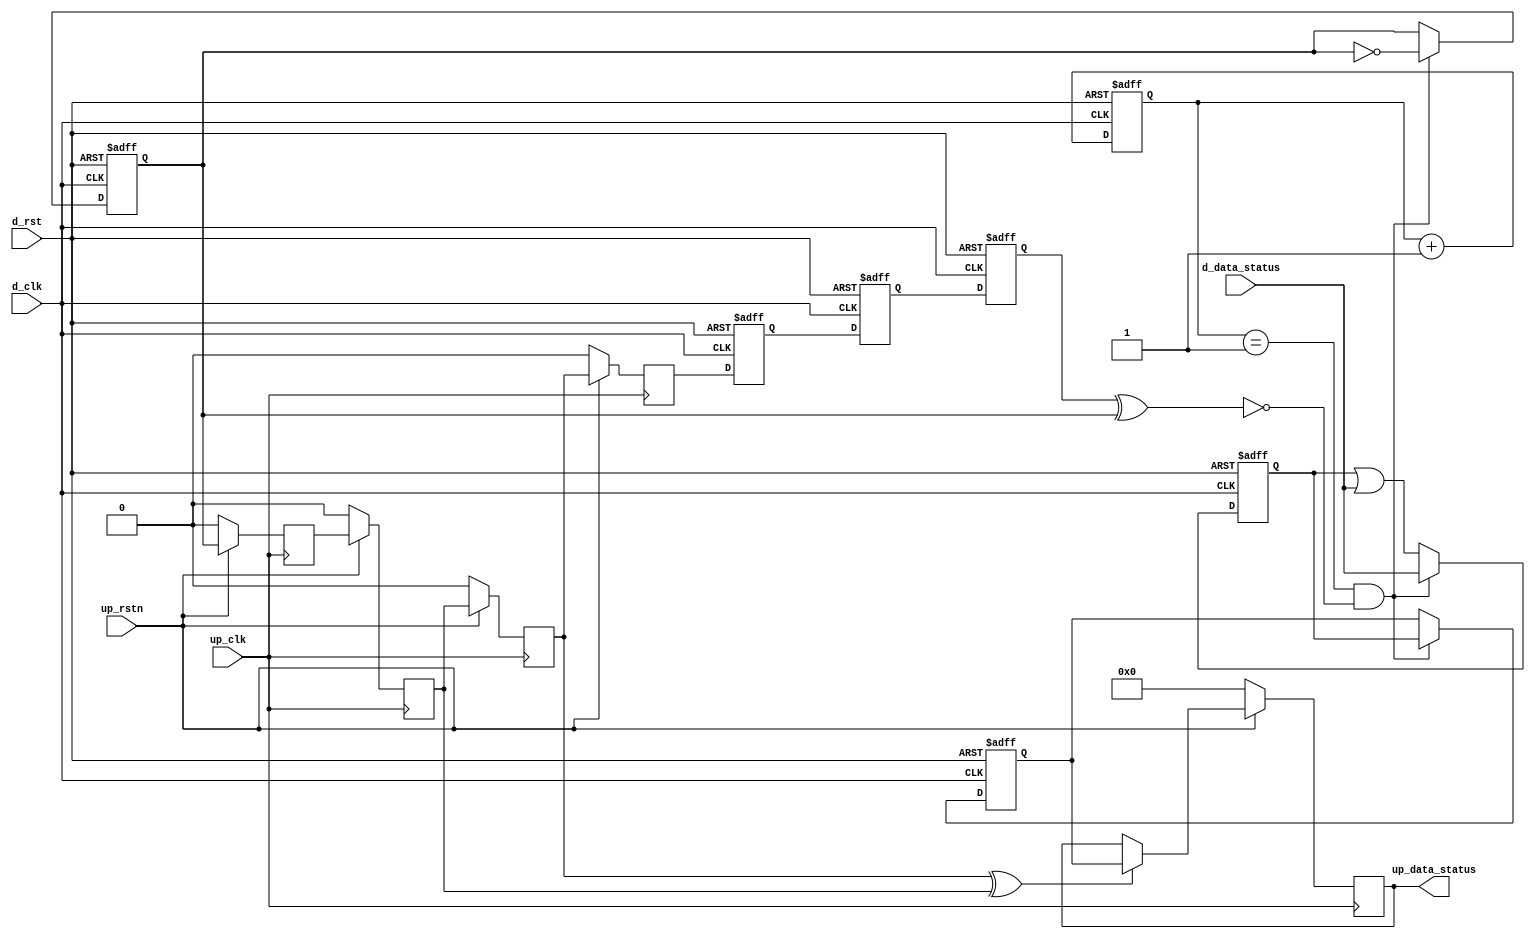
// ***************************************************************************
// ***************************************************************************
// Copyright 2014 - 2017 (c) Analog Devices, Inc. All rights reserved.
//
// In this HDL repository, there are many different and unique modules, consisting
// of various HDL (Verilog or VHDL) components. The individual modules are
// developed independently, and may be accompanied by separate and unique license
// terms.
//
// The user should read each of these license terms, and understand the
// freedoms and responsibilities that he or she has by using this source/core.
//
// This core is distributed in the hope that it will be useful, but WITHOUT ANY
// WARRANTY; without even the implied warranty of MERCHANTABILITY or FITNESS FOR
// A PARTICULAR PURPOSE.
//
// Redistribution and use of source or resulting binaries, with or without modification
// of this file, are permitted under one of the following two license terms:
//
//   1. The GNU General Public License version 2 as published by the
//      Free Software Foundation, which can be found in the top level directory
//      of this repository (LICENSE_GPL2), and also online at:
//      <https://www.gnu.org/licenses/old-licenses/gpl-2.0.html>
//
// OR
//
//   2. An ADI specific BSD license, which can be found in the top level directory
//      of this repository (LICENSE_ADIBSD), and also on-line at:
//      https://github.com/analogdevicesinc/hdl/blob/master/LICENSE_ADIBSD
//      This will allow to generate bit files and not release the source code,
//      as long as it attaches to an ADI device.
//
// ***************************************************************************
// ***************************************************************************

`timescale 1ns/100ps

module up_xfer_status #(

  parameter     DATA_WIDTH = 8) (

  // up interface

  input                       up_rstn,
  input                       up_clk,
  output  [(DATA_WIDTH-1):0]  up_data_status,

  // device interface

  input                       d_rst,
  input                       d_clk,
  input   [(DATA_WIDTH-1):0]  d_data_status);

  // internal registers

  reg                         d_xfer_state_m1 = 'd0;
  reg                         d_xfer_state_m2 = 'd0;
  reg                         d_xfer_state = 'd0;
  reg     [ 5:0]              d_xfer_count = 'd0;
  reg                         d_xfer_toggle = 'd0;
  reg     [(DATA_WIDTH-1):0]  d_xfer_data = 'd0;
  reg     [(DATA_WIDTH-1):0]  d_acc_data = 'd0;
  reg                         up_xfer_toggle_m1 = 'd0;
  reg                         up_xfer_toggle_m2 = 'd0;
  reg                         up_xfer_toggle_m3 = 'd0;
  reg                         up_xfer_toggle = 'd0;
  reg     [(DATA_WIDTH-1):0]  up_data_status_int = 'd0;

  // internal signals

  wire                        d_xfer_enable_s;
  wire                        up_xfer_toggle_s;

  // device status transfer

  assign d_xfer_enable_s = d_xfer_state ^ d_xfer_toggle;

  always @(posedge d_clk or posedge d_rst) begin
    if (d_rst == 1'b1) begin
      d_xfer_state_m1 <= 'd0;
      d_xfer_state_m2 <= 'd0;
      d_xfer_state <= 'd0;
      d_xfer_count <= 'd0;
      d_xfer_toggle <= 'd0;
      d_xfer_data <= 'd0;
      d_acc_data <= 'd0;
    end else begin
      d_xfer_state_m1 <= up_xfer_toggle;
      d_xfer_state_m2 <= d_xfer_state_m1;
      d_xfer_state <= d_xfer_state_m2;
      d_xfer_count <= d_xfer_count + 1'd1;
      if ((d_xfer_count == 6'd1) && (d_xfer_enable_s == 1'b0)) begin
        d_xfer_toggle <= ~d_xfer_toggle;
        d_xfer_data <= d_acc_data;
      end
      if ((d_xfer_count == 6'd1) && (d_xfer_enable_s == 1'b0)) begin
        d_acc_data <= d_data_status;
      end else begin
        d_acc_data <= d_acc_data | d_data_status;
      end
    end
  end

  assign up_data_status = up_data_status_int;
  assign up_xfer_toggle_s = up_xfer_toggle_m3 ^ up_xfer_toggle_m2;

  always @(posedge up_clk) begin
    if (up_rstn == 1'b0) begin
      up_xfer_toggle_m1 <= 'd0;
      up_xfer_toggle_m2 <= 'd0;
      up_xfer_toggle_m3 <= 'd0;
      up_xfer_toggle <= 'd0;
      up_data_status_int <= 'd0;
    end else begin
      up_xfer_toggle_m1 <= d_xfer_toggle;
      up_xfer_toggle_m2 <= up_xfer_toggle_m1;
      up_xfer_toggle_m3 <= up_xfer_toggle_m2;
      up_xfer_toggle <= up_xfer_toggle_m3;
      if (up_xfer_toggle_s == 1'b1) begin
        up_data_status_int <= d_xfer_data;
      end
    end
  end

endmodule

// ***************************************************************************
// ***************************************************************************